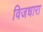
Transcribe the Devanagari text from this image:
विजधारा